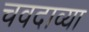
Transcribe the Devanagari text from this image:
चवदाव्या